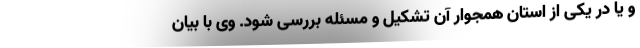
و یا در یکی از استان همجوار آن تشکیل و مسئله بررسی شود. وی با بیان